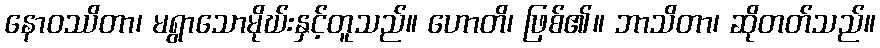
နောဝဿိတာ၊ မရွာသောမိုဃ်းနှင့်တူသည်။ ဟောတိ၊ ဖြစ်၏။ ဘာသိတာ၊ ဆိုတတ်သည်။